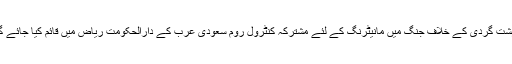
دہشت گردی کے خلاف جنگ میں مانیٹرنگ کے لئے مشترکہ کنٹرول روم سعودی عرب کے دارالحکومت ریاض میں قائم کیا جائے گا۔